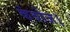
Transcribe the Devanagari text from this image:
कंबोज।